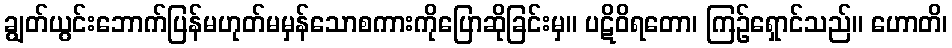
ချွတ်ယွင်းဘောက်ပြန်မဟုတ်မမှန်သောစကားကိုပြောဆိုခြင်းမှ။ ပဋိဝိရတော၊ ကြဉ်ရှောင်သည်။ ဟောတိ၊